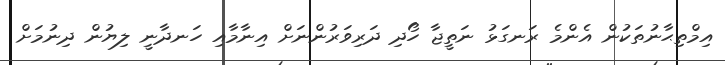
އިމްތިޙާނުތަކުން އެންމެ ރަނގަޅު ނަތީޖާ ހޯދި ދަރިވަރުންނަށް އިނާމާއި ހަނދާނީ ލިޔުން ދިނުމަށް